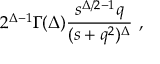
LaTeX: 2 ^ { \Delta - 1 } \Gamma ( \Delta ) \frac { s ^ { \Delta / 2 - 1 } q } { ( s + q ^ { 2 } ) ^ { \Delta } } \ ,